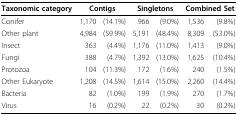
<table><thead><tr><td><b>Taxonomic category</b></td><td colspan="2"><b>Contigs</b></td><td colspan="2"><b>Singletons</b></td><td colspan="2"><b>Combined Set</b></td></tr></thead><tbody><tr><td>Conifer</td><td>1,170</td><td>(14.1%)</td><td>966</td><td>(9.0%)</td><td>1,536</td><td>(9.8%)</td></tr><tr><td>Other plant</td><td>4,984</td><td>(59.9%)</td><td>5,191</td><td>(48.4%)</td><td>8,309</td><td>(53.0%)</td></tr><tr><td>Insect</td><td>363</td><td>(4.4%)</td><td>1,176</td><td>(11.0%)</td><td>1,413</td><td>(9.0%)</td></tr><tr><td>Fungi</td><td>388</td><td>(4.7%)</td><td>1,392</td><td>(13.0%)</td><td>1,625</td><td>(10.4%)</td></tr><tr><td>Protozoa</td><td>104</td><td>(11.3%)</td><td>172</td><td>(1.6%)</td><td>240</td><td>(1.5%)</td></tr><tr><td>Other Eukaryote</td><td>1,208</td><td>(14.5%)</td><td>1,614</td><td>(15.0%)</td><td>2,260</td><td>(14.4%)</td></tr><tr><td>Bacteria</td><td>82</td><td>(1.0%)</td><td>199</td><td>(1.9%)</td><td>270</td><td>(1.7%)</td></tr><tr><td>Virus</td><td>16</td><td>(0.2%)</td><td>22</td><td>(0.2%)</td><td>30</td><td>(0.2%)</td></tr></tbody></table>